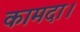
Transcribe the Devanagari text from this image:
कामदा।